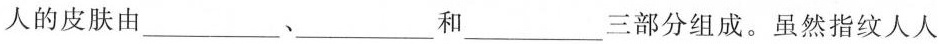
人的皮肤由___、___和___三部分组成。虽然指纹人人